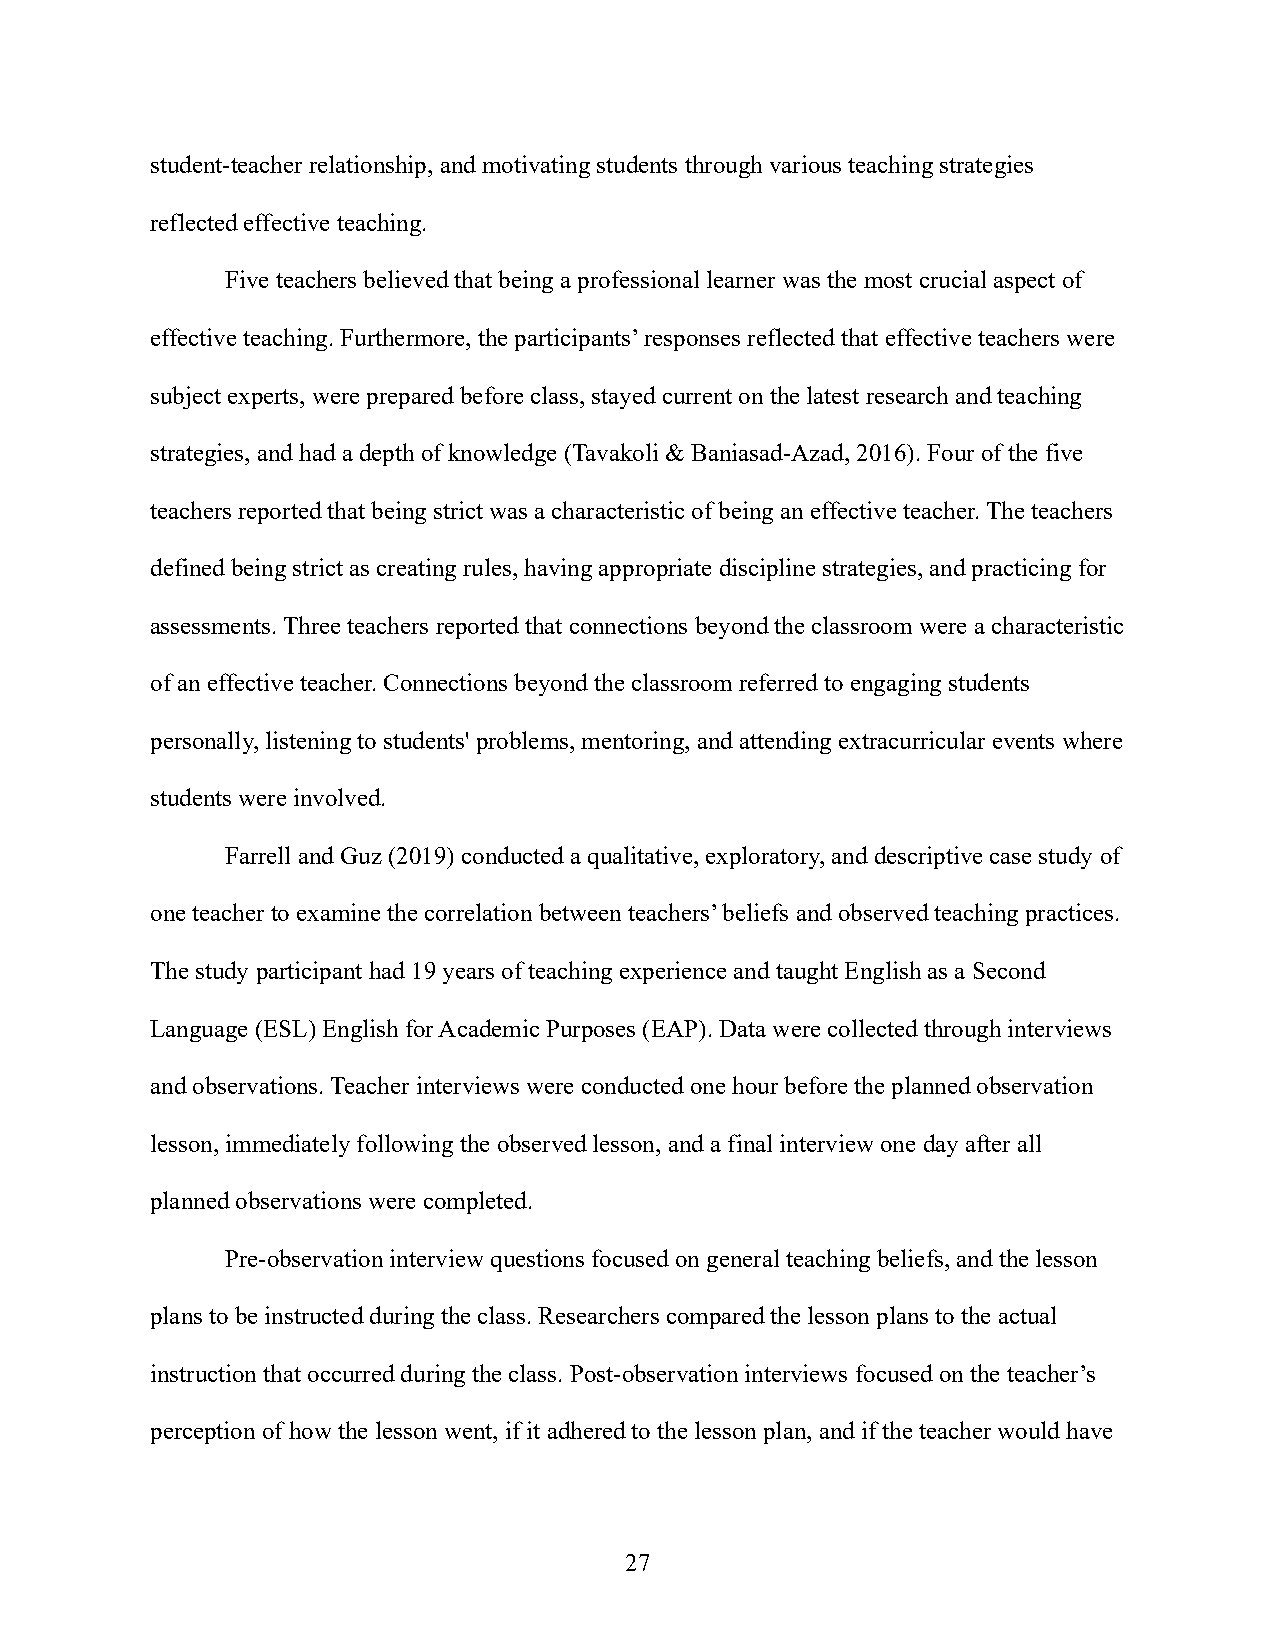
student-teacher relationship, and motivating students through various teaching strategies
 reflected effective teaching.
 Five teachers believed that being a professional learner was the most crucial aspect of
 effective teaching. Furthermore, the participants’ responses reflected that effective teachers were
 subject experts, were prepared before class, stayed current on the latest research and teaching
 strategies, and had a depth of knowledge (Tavakoli & Baniasad-Azad, 2016). Four of the five
 teachers reported that being strict was a characteristic of being an effective teacher. The teachers
 defined being strict as creating rules, having appropriate discipline strategies, and practicing for
 assessments. Three teachers reported that connections beyond the classroom were a characteristic
 of an effective teacher. Connections beyond the classroom referred to engaging students
 personally, listening to students' problems, mentoring, and attending extracurricular events where
 students were involved.
 Farrell and Guz (2019) conducted a qualitative, exploratory, and descriptive case study of
 one teacher to examine the correlation between teachers’ beliefs and observed teaching practices.
 The study participant had 19 years of teaching experience and taught English as a Second
 Language (ESL) English for Academic Purposes (EAP). Data were collected through interviews
 and observations. Teacher interviews were conducted one hour before the planned observation
 lesson, immediately following the observed lesson, and a final interview one day after all
 planned observations were completed.
 Pre-observation interview questions focused on general teaching beliefs, and the lesson
 plans to be instructed during the class. Researchers compared the lesson plans to the actual
 instruction that occurred during the class. Post-observation interviews focused on the teacher’s
 perception of how the lesson went, if it adhered to the lesson plan, and if the teacher would have
 27